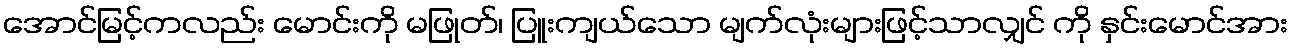
အောင်မြင့်ကလည်း မောင်းကို မဖြုတ်၊ ပြူးကျယ်သော မျက်လုံးများဖြင့်သာလျှင် ကို နှင်းမောင်အား